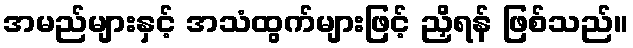
အမည်များနှင့် အသံထွက်များဖြင့် ညှိရန် ဖြစ်သည်။